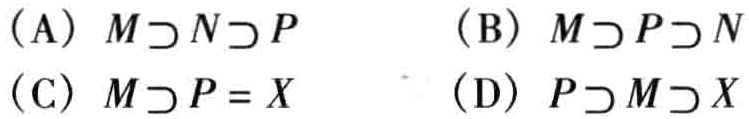
(A) \(M\supset N\supset P\)  (B) \(M\supset P\supset N\)  (C) \(M\supset P = X\)  (D) \(P\supset M\supset X\)